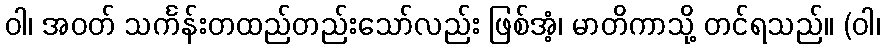
ဝါ၊ အဝတ် သင်္ကန်းတထည်တည်းသော်လည်း ဖြစ်အံ့၊ မာတိကာသို့ တင်ရသည်။ (ဝါ၊